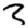
Digit: 3